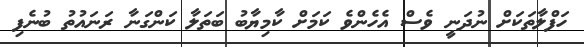
ހަފްލާތަކަށް ނުދަނީ ވެސް އެހެންވެ ކަމަށް ކާމިޔާބު ބަތަލާ ކަންގަނާ ރަނައުތު ބުނެފި